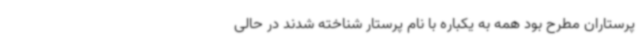
پرستاران مطرح بود همه به یکباره با نام پرستار شناخته شدند در حالی